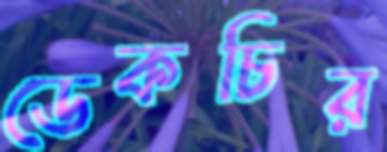
ডেকচির